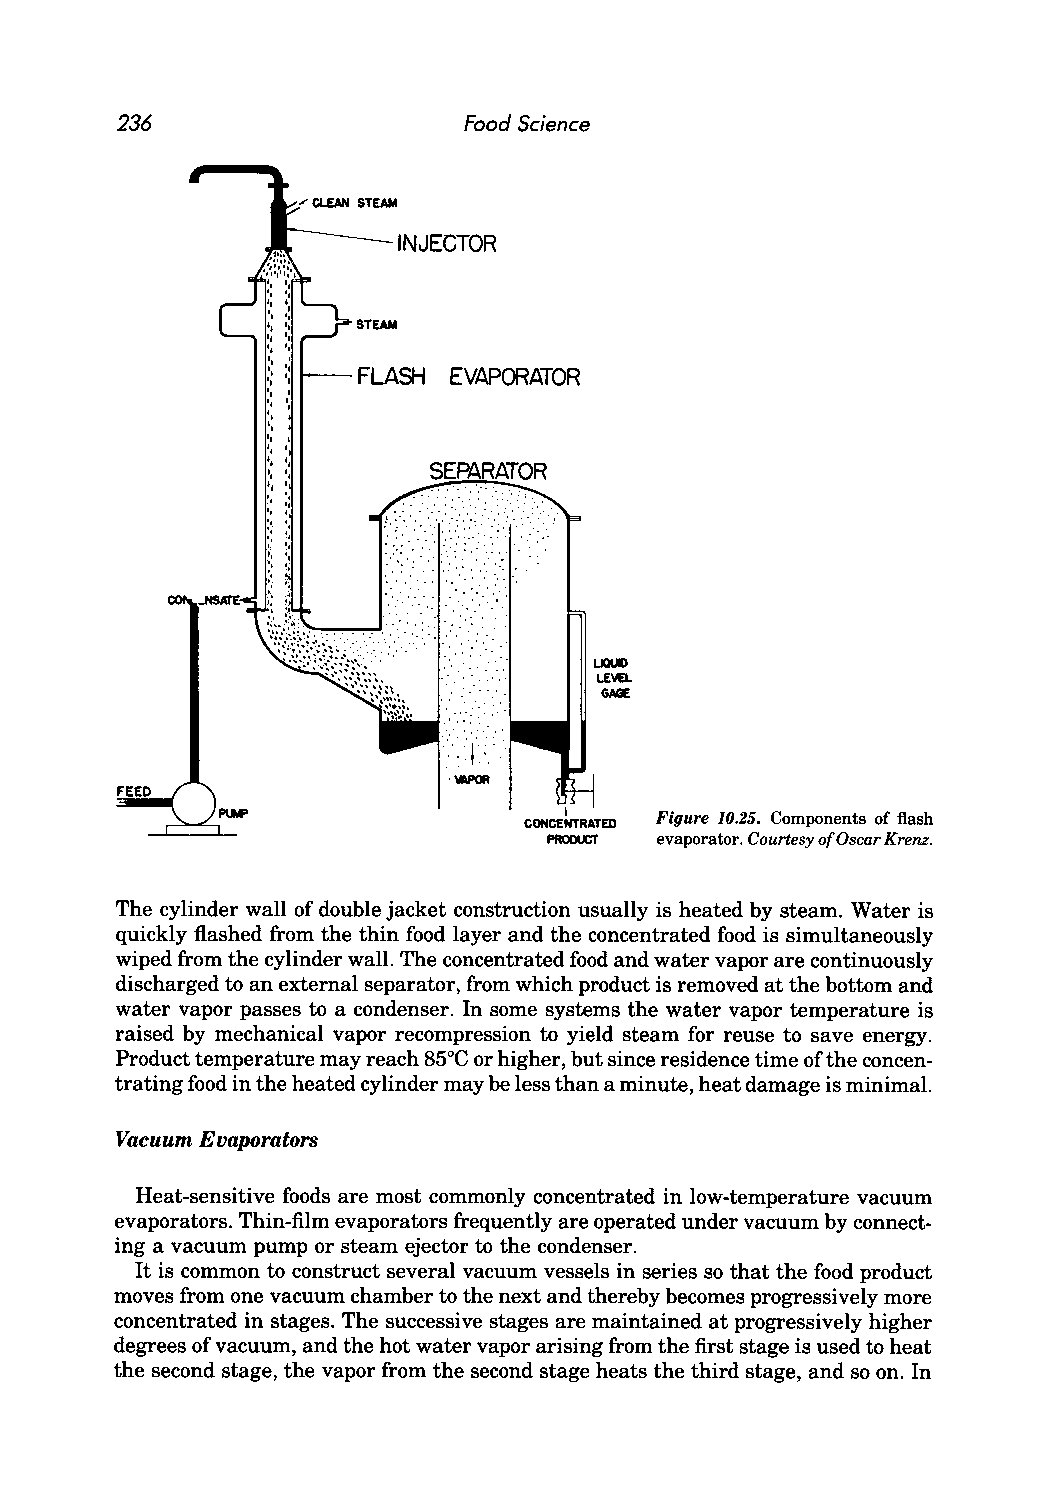
236                    Food Science
 INJECTOR
 STEAM
 FLASH EVAPORATOR
 ~f',,:,>,: «:',,::
 ...... .. .. ', ',' '. :
 ',:: .' .. .. . ' ., ' .: . .,
 '
 Figure 10.25. Components of flash
 evaporator, Courtesy ofO scar Krenz,
 The cylinder wall of double jacket construction usually is heated by steam. Water is
 quickly flashed from the thin food layer and the concentrated food is simultaneously
 wiped from the cylinder wall. The concentrated food and water vapor are continuously
 discharged to an external separator, from which product is removed at the bottom and
 water vapor passes to a condenser. In some systems the water vapor temperature is
 raised by mechanical vapor recompression to yield steam for reuse to save energy.
 Product temperature may reach 85°C or higher, but since residence time ofthe concen
 trating food in the heated cylinder may be less than a minute, heat damage is minimal.
 Vacuum Evaporators
 Heat-sensitive foods are most commonly concentrated in low-temperature vacuum
 evaporators. Thin-film evaporators frequently are operated under vacuum by connect
 ing a vacuum pump or steam ejector to the condenser.
 It is common to construct several vacuum vessels in series so that the food product
 moves from one vacuum chamber to the next and thereby becomes progressively more
 concentrated in stages. The successive stages are maintained at progressively higher
 degrees of vacuum, and the hot water vapor arising from the first stage is used to heat
 the second stage, the vapor from the second stage heats the third stage, and so on. In